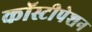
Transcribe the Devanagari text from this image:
कॉस्टीपेशन